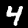
Digit: 4